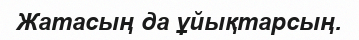
Жатасың да ұйықтарсың.